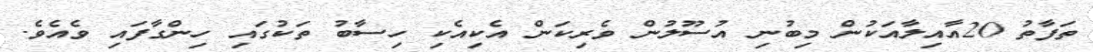
ތަފާތު 20އާއިލާއަކުން މިބުނި އުސޫލުން ވެރިކަން އެކިއެކި ހިސާބު ތަކުގައި ހިންގާފައި ވެއެވެ.